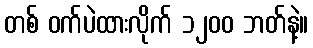
တစ် ဝက်ပဲထားလိုက် ၁၂၀၀ ဘတ်နဲ့။